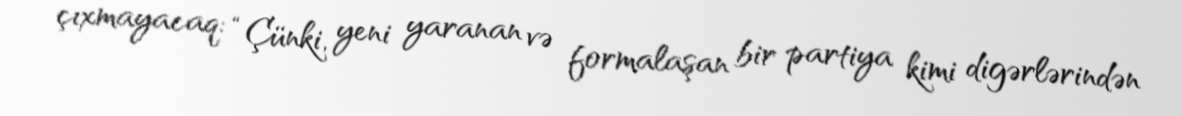
çıxmayacaq: “Çünki, yeni yaranan və formalaşan bir partiya kimi digərlərindən